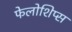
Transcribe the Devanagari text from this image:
फेलोशिप्स